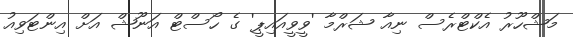
މަޝްހޫރު އެކްޓްރެސް ނިއާ ޝަރްމާ 'ވީވީއައިޕީ' ގެ ހޯސްޓް އަނޫޝް އަށް އިންޓަވިއު